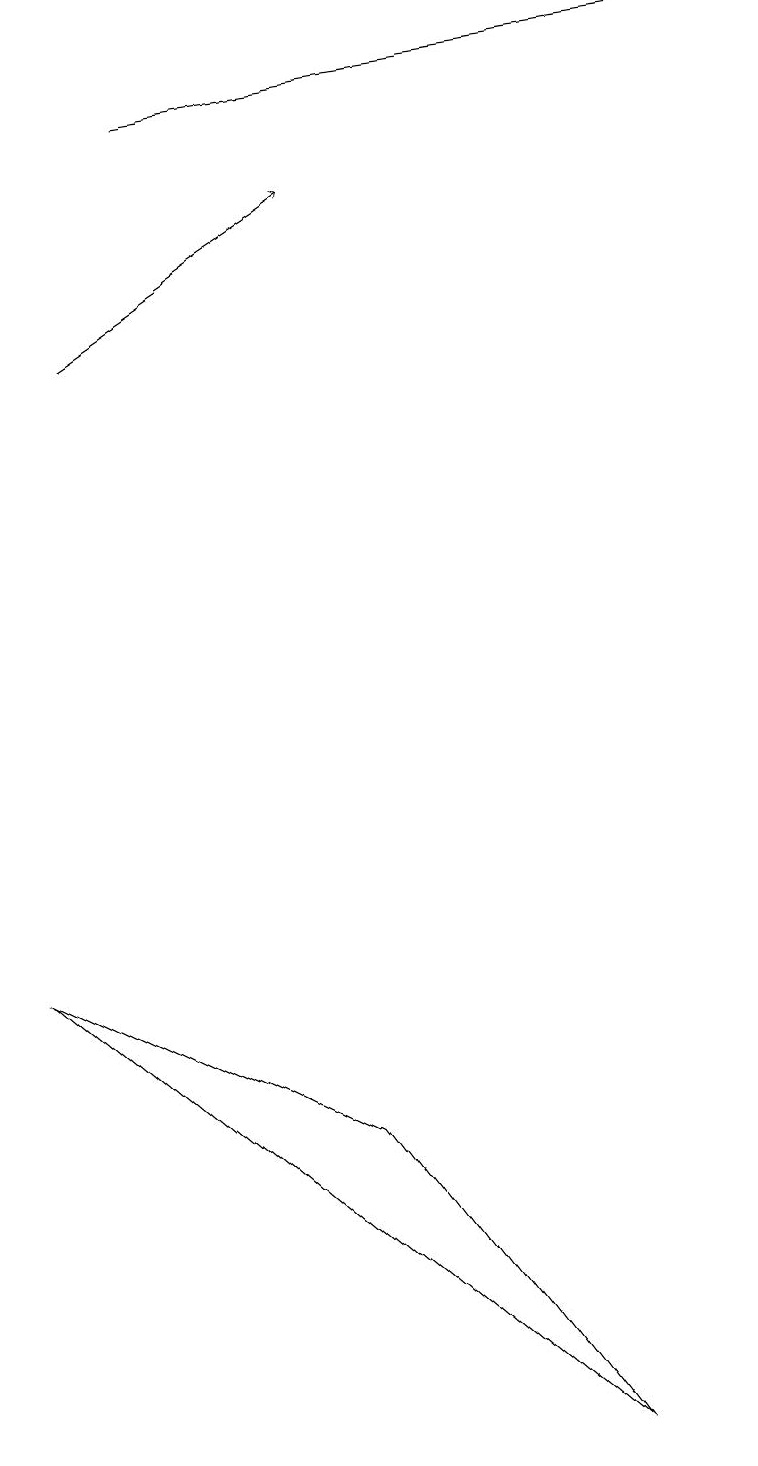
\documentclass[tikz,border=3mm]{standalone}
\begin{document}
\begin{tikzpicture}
\draw (4,4) -- (7,0) -- (0,6) -- cycle;
\draw[->] (2,17) -- (9,18);
\draw[->] (1,14) -- (4,16);
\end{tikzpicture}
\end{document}